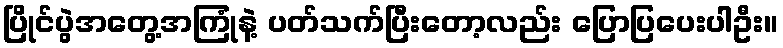
ပြိုင်ပွဲအတွေ့အကြုံနဲ့ ပတ်သက်ပြီးတော့လည်း ပြောပြပေးပါဦး။